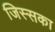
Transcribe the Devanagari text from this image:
जिस्सका